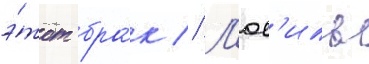
э́тот бра́к // Л'юс'иль